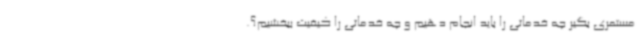
مستمری بگیر چه خدماتی را باید انجام دهیم و چه خدماتی را کیفیت ببخشیم؟.